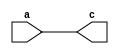
`timescale 1ns / 1ps
module buffer_cont_assign(input a, output c);
   assign c = a;
endmodule